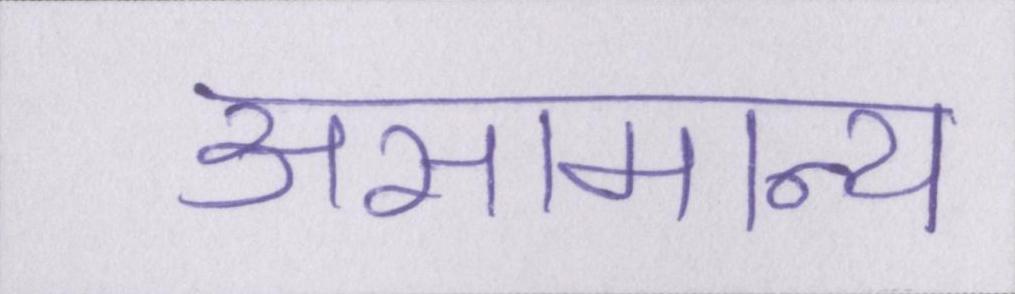
असामान्य